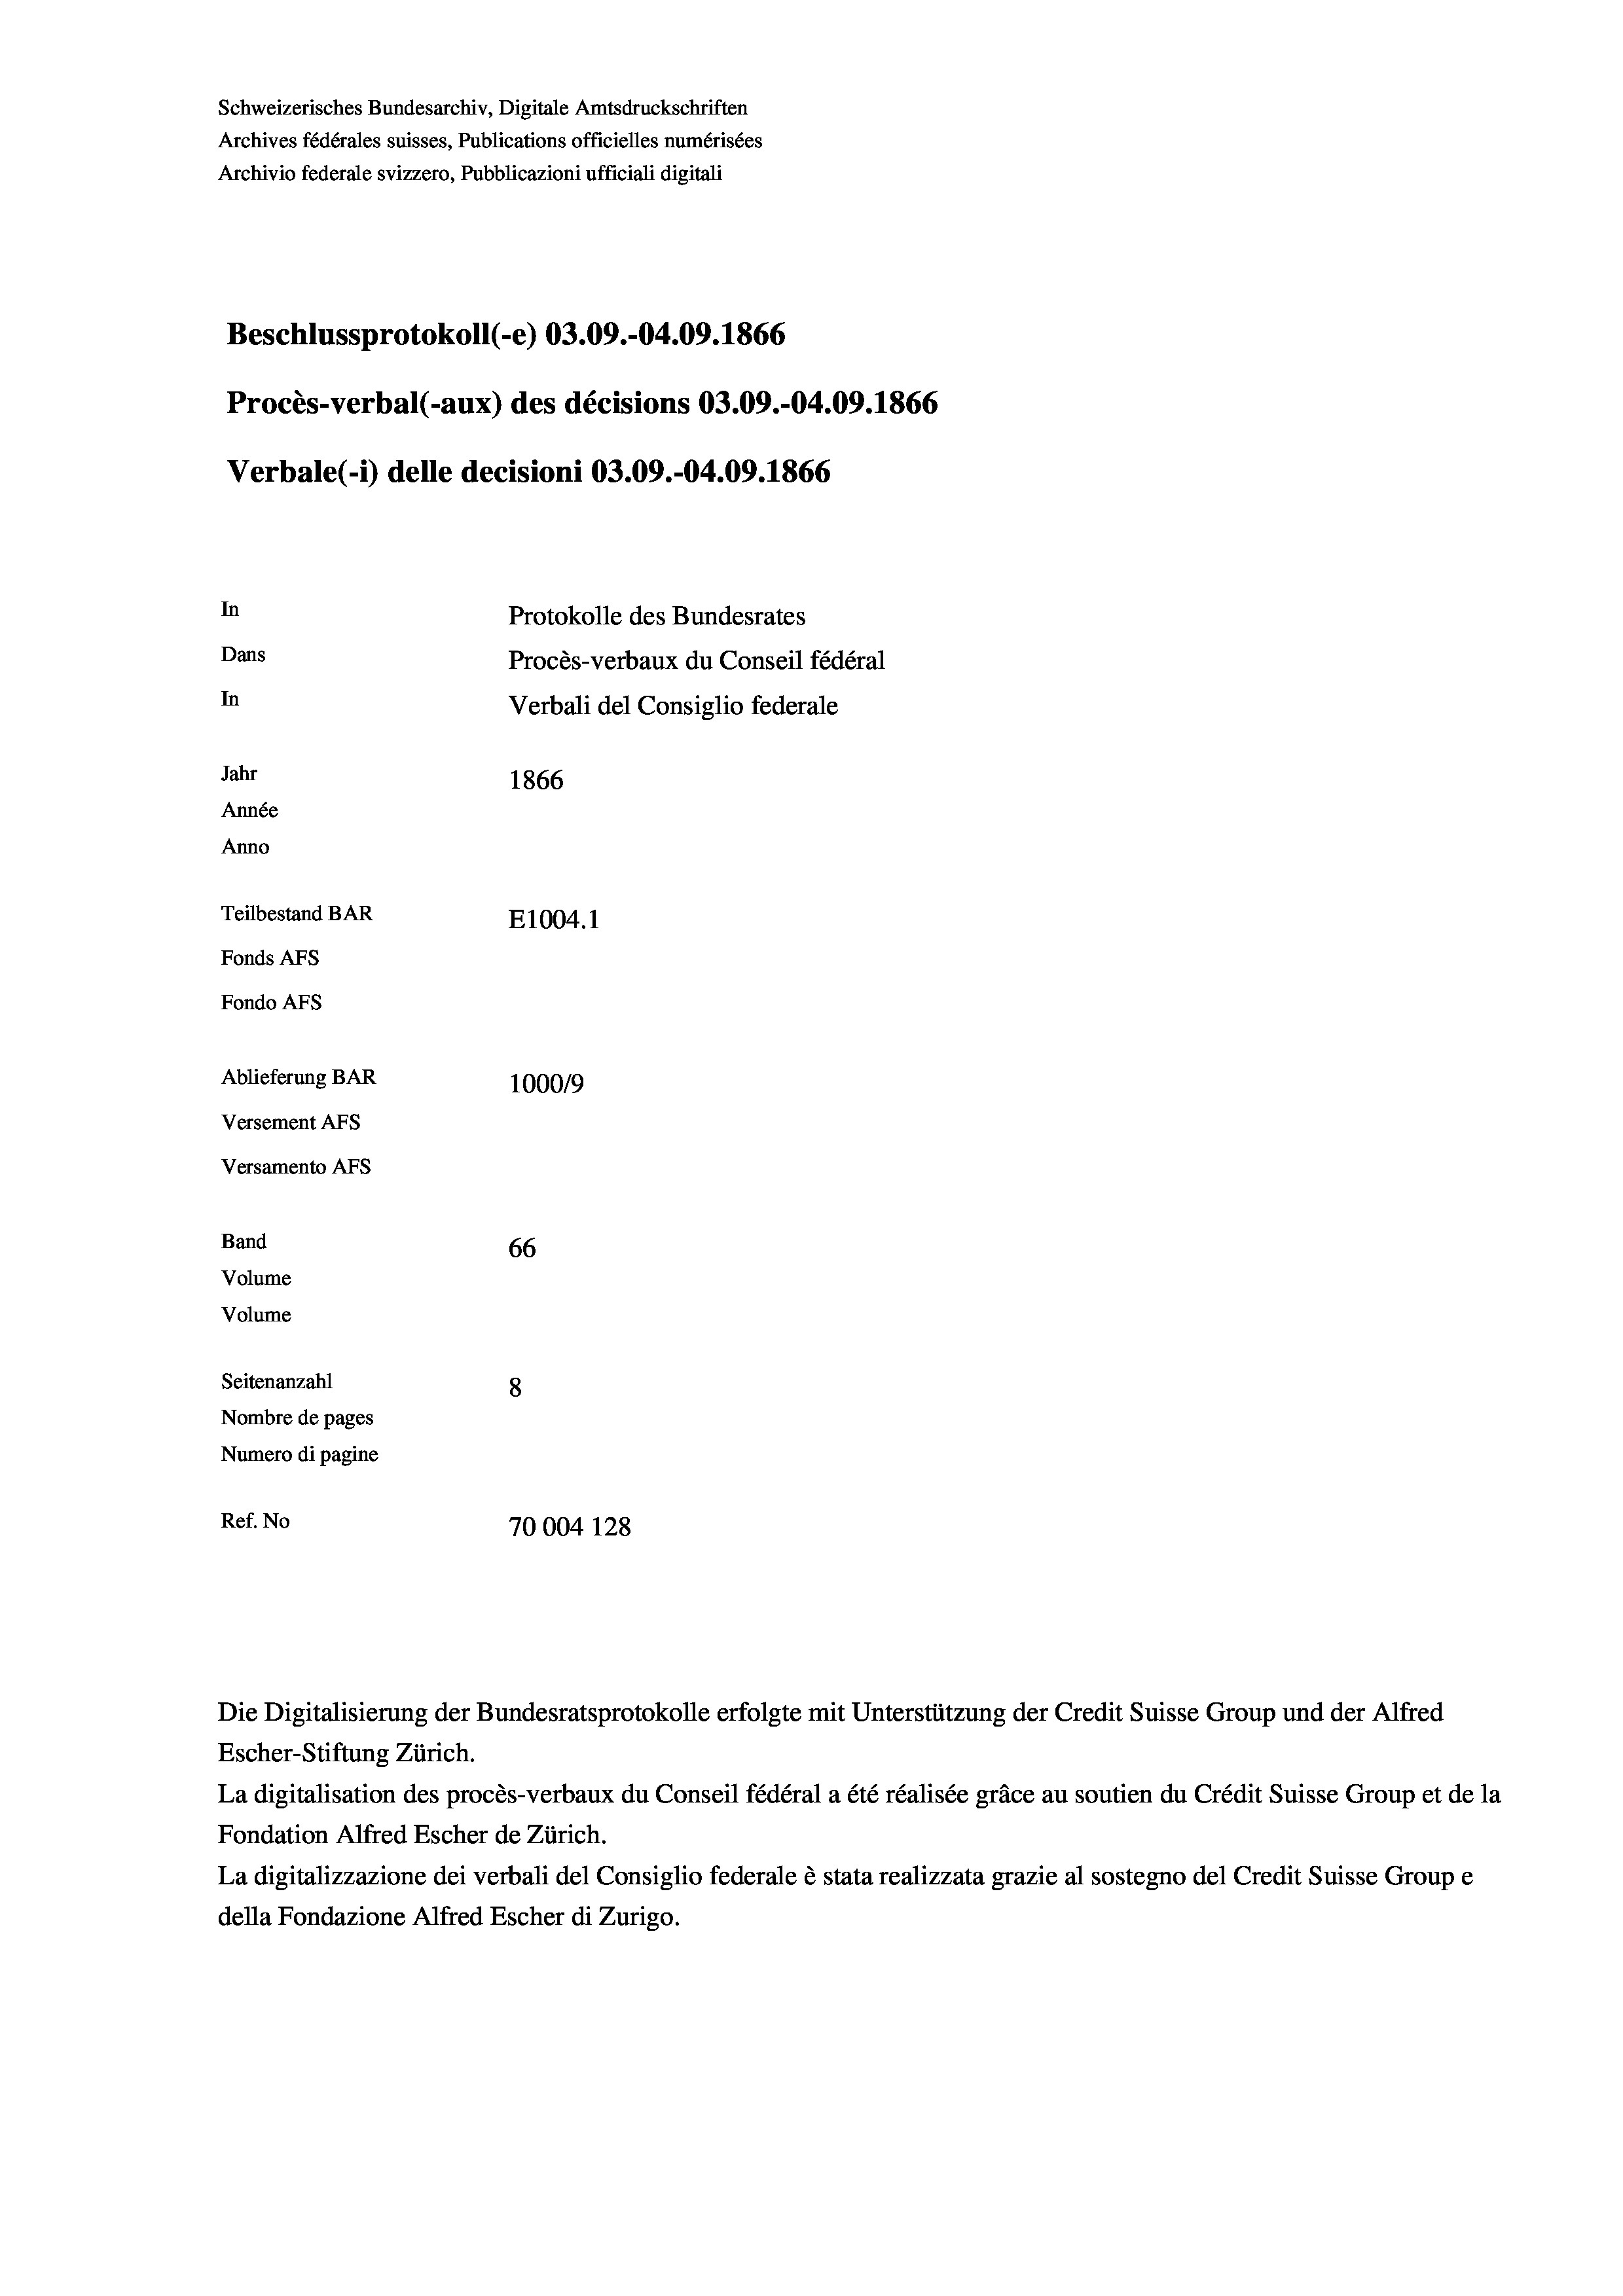
Schweizerisches Bundesarchiv, Digitale Amtsdruckschriften
Archives fédérales suisses, Publications officielles numérisées
Archivio federale svizzero, Pubblicazioni ufficiali digitali
Beschlussprotokoll (-e) 03.09.-04.09. 1866
Procès-verbal (-aux) des décisions 03.09.-04.09. 1866
In
Protokolle des Bundesrates
Dans
Procès-verbaux du Conseil fédéral
In
Verbali del Consiglio federale
Jahr
1866
Année
Anno
Teilbestand BAR
E1004.1
Fonds AFs
Fondo AFS
Ablieferung BAR
100019
Versement AFs

Versamento AFs
Band
Volume
Volume
Seitenanzahl

Verbale (i) delle decisioni 03.09.-04.09. 1866

66
8
Nombre de pages
Numero di pagine
Ref. No
70004 128

Escher-Stiftung Zürich.
La digitalisation des procès-verbaux du Conseil fédéral a été réalisée gräce au soutien du Crédit Suisse Group et de la
Fondation Alfred Escher de Zürich.
La digitalizzazione dei verbali del Consiglio federale è stata realizzata grazie al sostegno del Credit Suisse Groupe
della Fondazione Alfred Escher di Zurigo.

Die Digitalisierung der Bundesratsprotokolle erfolgte mit Unterstützung der Credit Suisse Group und der Alfred